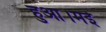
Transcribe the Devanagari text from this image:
हुआ।मई